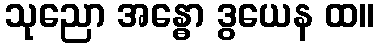
သုညော အန္ဓော ဒွယေန ထ။